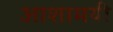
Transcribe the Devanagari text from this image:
आशामयी